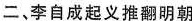
二、李自成起义推翻明朝